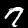
Label: 7